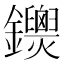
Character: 𨰐